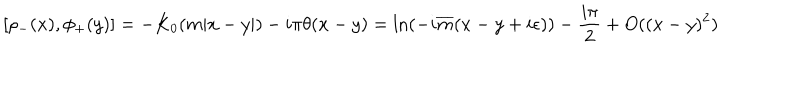
[ \rho _ { - } ( x ) , \phi _ { + } ( y ) ] = - K _ { 0 } ( m | x - y | ) - i \pi \theta ( x - y ) = \ln ( - i \overline { { { m } } } ( x - y + i \epsilon ) ) - \frac { i \pi } { 2 } + O ( ( x - y ) ^ { 2 } ) \,